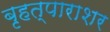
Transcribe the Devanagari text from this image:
बृहत्पाराशर